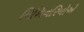
મિશિનરિયોએ